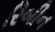
રિબીન